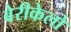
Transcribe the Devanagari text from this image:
बेरीकेलो